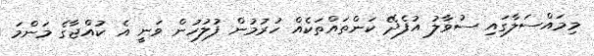
މިމައްސަލާގައި ސުވާލު އުފެދޭ ކަންތައްތަކެއް ހުރުމުން ފުލުހުން ވަނީ އެ ކުއްޖާގެ މަންމަ